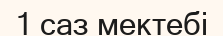
1 саз мектебі